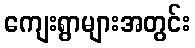
ကျေးရွာများအတွင်း